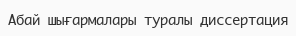
Абай шығармалары туралы диссертация